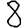
Digit: 8